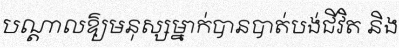
បណ្តាលឱ្យមនុស្សម្នាក់បានបាត់បង់ជីវិត និង